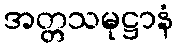
အတ္တသမုဋ္ဌာနံ